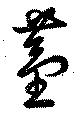
薑